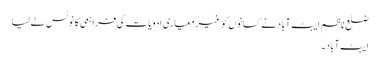
ضلع ناظم ایبٹ آباد نے کسانوں کو غیر معیاری ادویات کی فراہمی کا نوٹس لے لیا
ایبٹ آباد۔